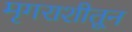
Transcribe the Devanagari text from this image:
मृगराशीतून